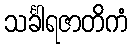
သင်္ခါရဇာတိကံ